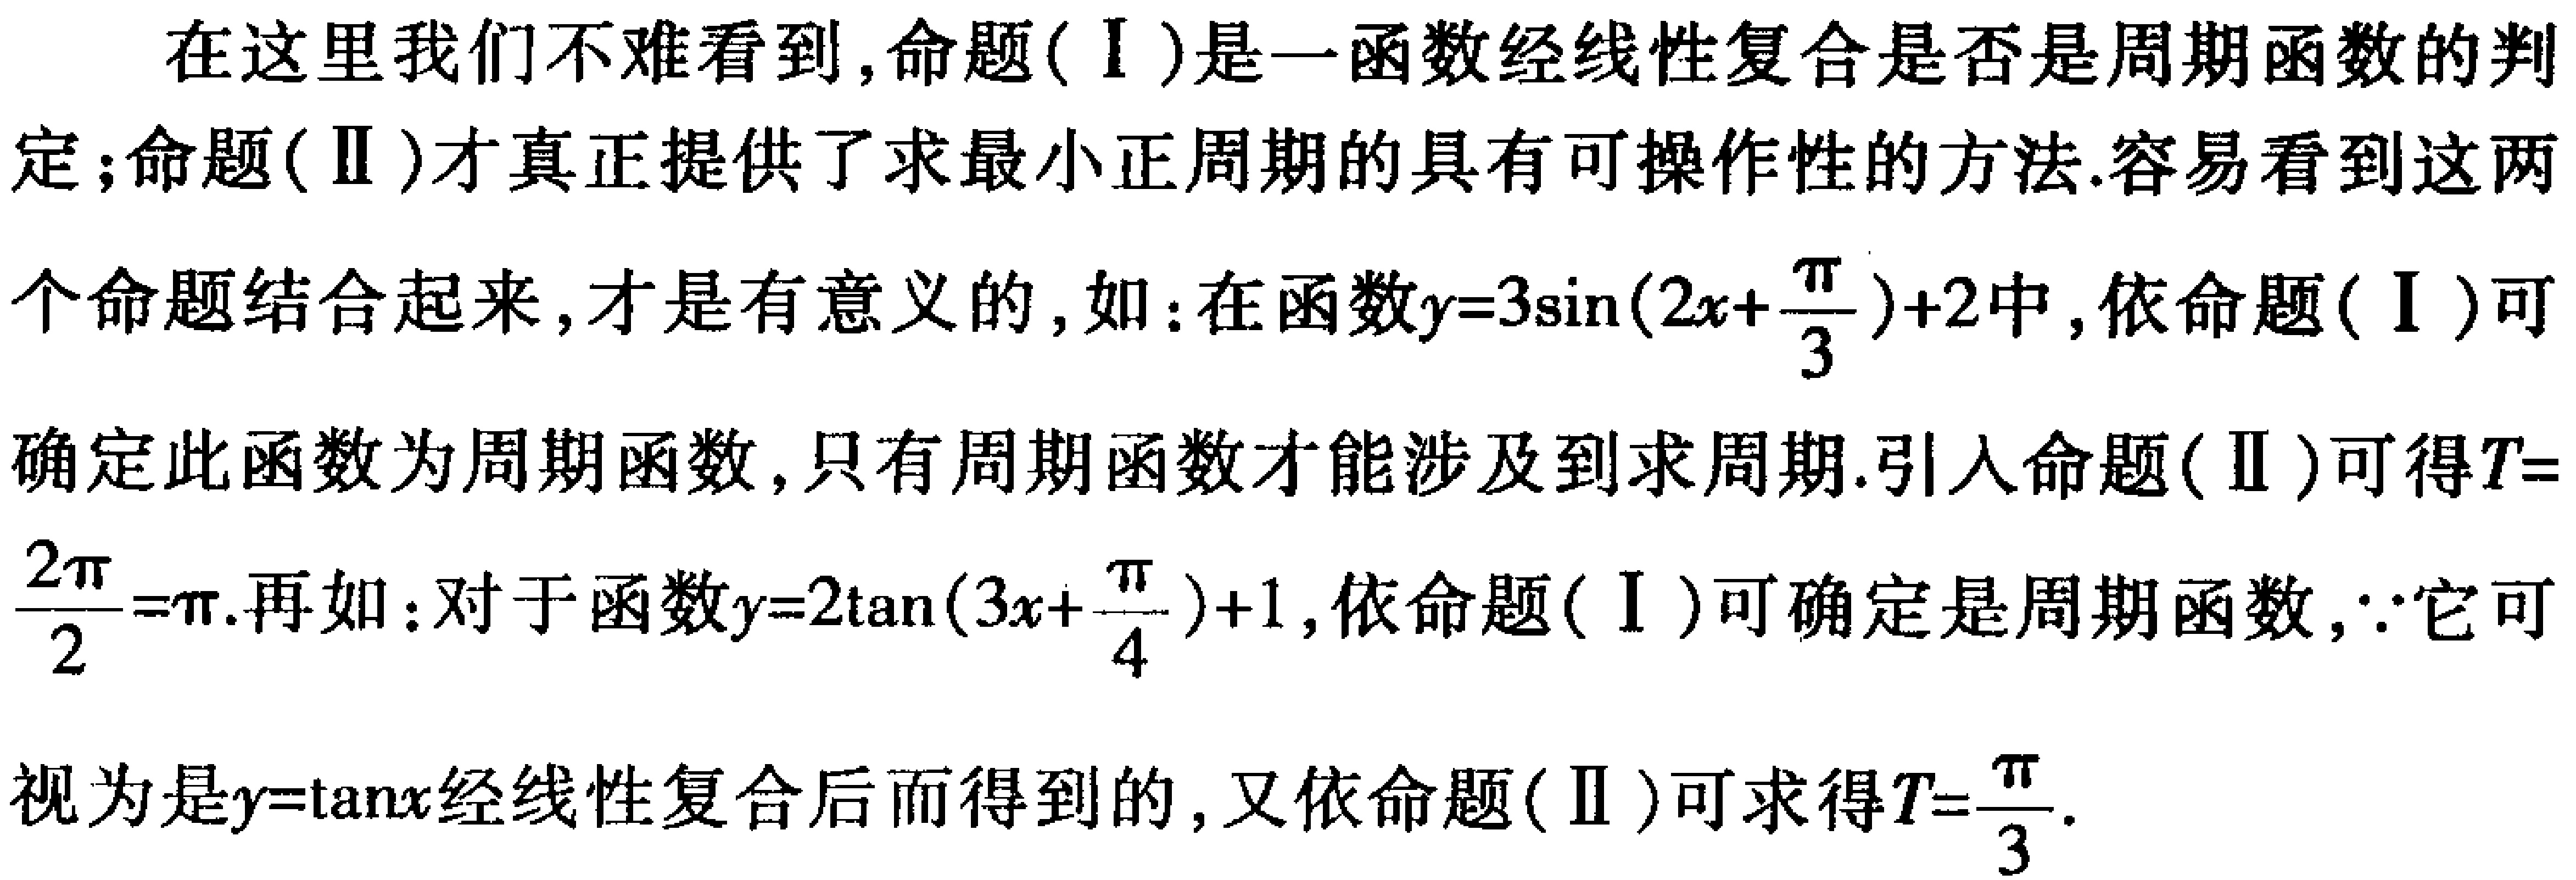
在这里我们不难看到,命题(Ⅰ)是一函数经线性复合是否是周期函数的判定;命题(Ⅱ)才真正提供了求最小正周期的具有可操作性的方法.容易看到这两个命题结合起来,才是有意义的,如:在函数\(y = 3\sin(2x+\frac{\pi}{3})+2\)中,依命题(Ⅰ)可确定此函数为周期函数,只有周期函数才能涉及到求周期.引入命题(Ⅱ)可得\(T=\frac{2\pi}{2}=\pi\).再如:对于函数\(y = 2\tan(3x+\frac{\pi}{4})+1\),依命题(Ⅰ)可确定是周期函数,\(\because\)它可视为是\(y = \tan x\)经线性复合后而得到的,又依命题(Ⅱ)可求得\(T=\frac{\pi}{3}\).